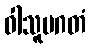
ဝါသူပဂတံ